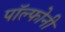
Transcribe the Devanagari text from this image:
पॉल्फोनी